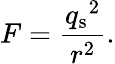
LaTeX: F={\frac{{q_{\mathrm{s}}}^{2}}{r^{2}}}.